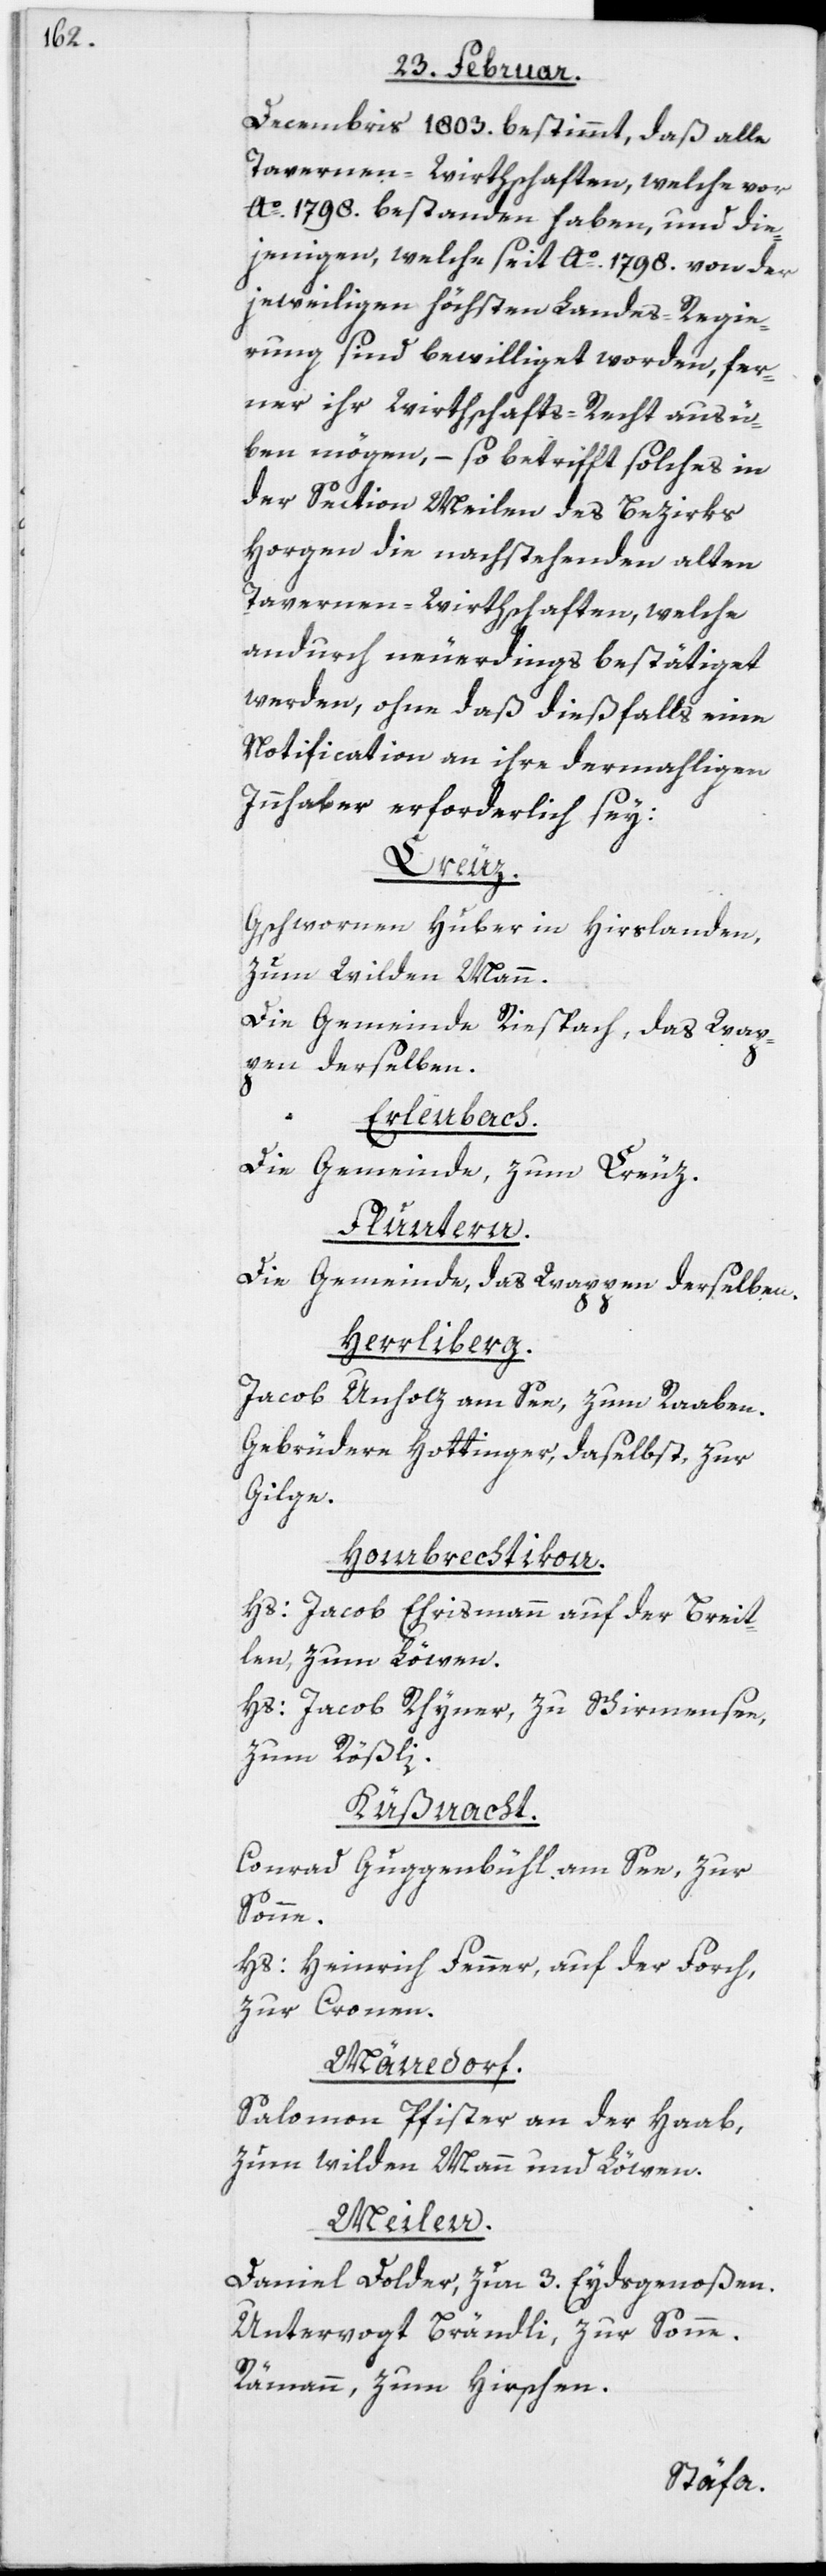
Decembris 1803. bestimmt, daß alle
Tavernen-Wirthschaften, welche vor
Ao. 1798. bestanden haben, und die¬
jenigen, welche seit Ao. 1798. von der
jeweiligen höchsten Landes-Regie¬
rung sind bewilliget worden, fer¬
ner ihr Wirthschafts-Recht ausü¬
ben mögen, – so betrifft solches in
der Section Meilen des Bezirks
Horgen die nachstehenden alten
Tavernen-Wirthschaften, welche
andurch neuderdings bestätiget
werden, ohne daß dießfalls eine
Notification an ihre dermahligen
Innhaber erforderlich sey:
Kreuz.
Gschwornen Huber in Hirslanden,
Zum Wilden Mann.
Die Gemeinde Riespach, das Wap¬
pen derselben.
Erlenbach.
Die Gemeinde, zum Kreuz.
Fluntern.
Die Gemeinde, das Wappen derselben.
Herrliberg.
Jacob Unholz am See, zum Raaben.
Gebrüdere Hottinger, daselbst, zur
Gilge.
Hombrechtikon.
Hs: Jacob Ehrismann auf der Breit¬
len, zum Löwen.
Hs: Jacob Rhyner, zu Schirmensee,
zum Rößli.
Küßnacht.
Conrad Guggenbühl am See, zur
Sonne.
Hs: Heinrich Fenner, auf der Forch,
zur Cronen.
Mänedorf.
Salomon Pfister an der Haab,
Zum wilden Mann und Löwen.
Meilen.
Daniel Dolder, zun 3. Eydsgenoßen.
Untervogt Brändli, zur Sonne.
Rämann, zum Hirschen.